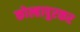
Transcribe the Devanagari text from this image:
कोल्हापुरकर